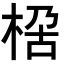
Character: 𭪏